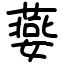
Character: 嬊